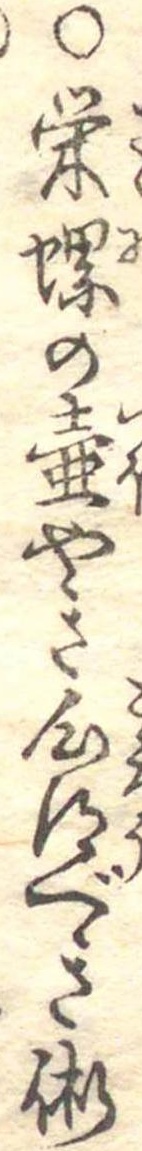
○栄螺の壷やき心得べき術